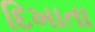
દિખાતા